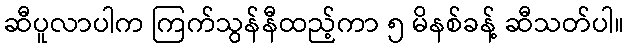
ဆီပူလာပါက ကြက်သွန်နီထည့်ကာ ၅ မိနစ်ခန့် ဆီသတ်ပါ။